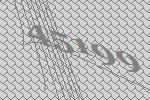
45199